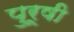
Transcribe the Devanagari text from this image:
पुरूषी